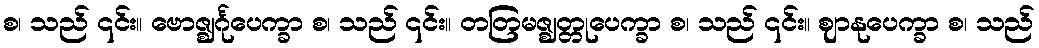
စ၊ သည် ၎င်း။ ဗောဇ္ဈင်္ဂုပေက္ခာ စ၊ သည် ၎င်း။ တတြမဇ္ဈတ္တုပေက္ခာ စ၊ သည် ၎င်း။ ဈာနုပေက္ခာ စ၊ သည်